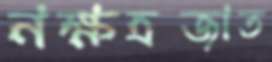
নক্ষত্রজাত